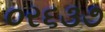
૦ર૬૩૭